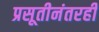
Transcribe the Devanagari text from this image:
प्रसूतीनंतरही